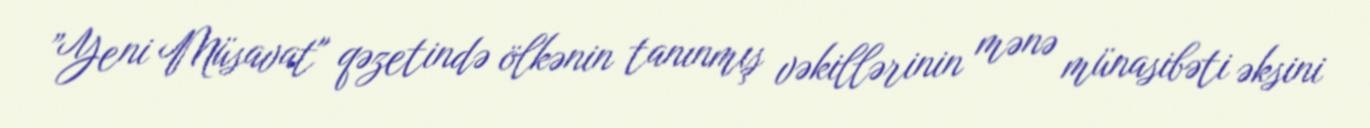
”Yeni Müsavat" qəzetində ölkənin tanınmış vəkillərinin mənə münasibəti əksini